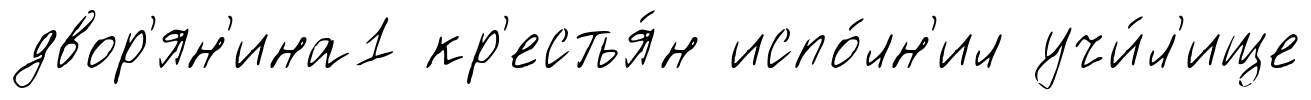
двор'ян'ина1 кр'естья́н испо́лн'ил учи́л'ище